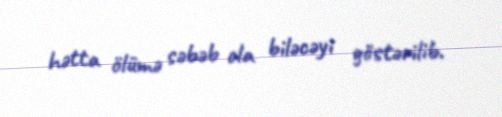
hətta ölümə səbəb ola biləcəyi göstərilib.